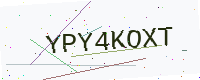
Text: YPY4KOXT